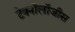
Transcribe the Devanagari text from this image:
टेक्नॉलॉजीस